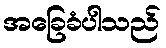
အခြေခံပါသည်